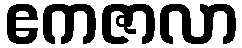
ဧကဇာလာ